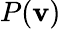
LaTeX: P(\mathbf{v})